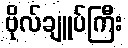
ဗိုလ်ချူပ်ကြီး